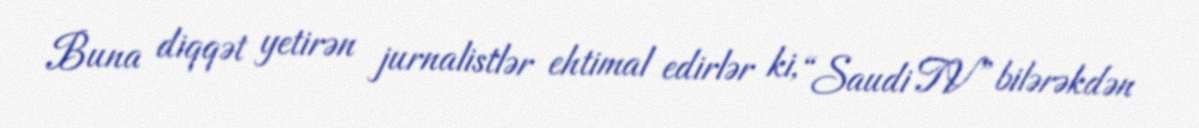
Buna diqqət yetirən jurnalistlər ehtimal edirlər ki, “Saudi TV” bilərəkdən